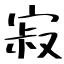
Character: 寂